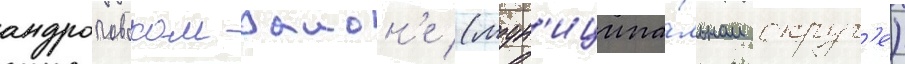
андроповском раион'е (мун'иципа́льном округ'е)